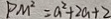
P M ^ { 2 } = a ^ { 2 } + 2 a + 2